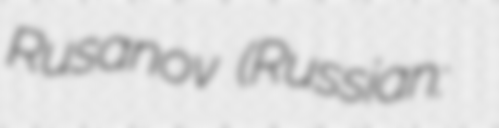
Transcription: Rusanov (Russian: Владислав Адольфович